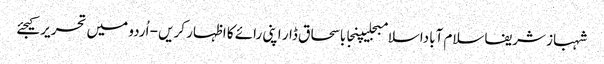
شہباز شریفاسلام آباداسلامبجلیپنجاباسحاق ڈار اپنی رائے کا اظہار کریں - اُردو میں تحریر کیجئے